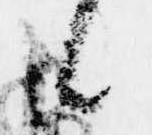
候